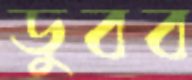
ডুবব